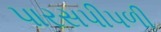
પારસપીપળી